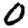
Digit: 0